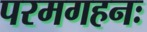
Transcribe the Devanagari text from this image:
परमगहनः